Leaving Certificate, 1898
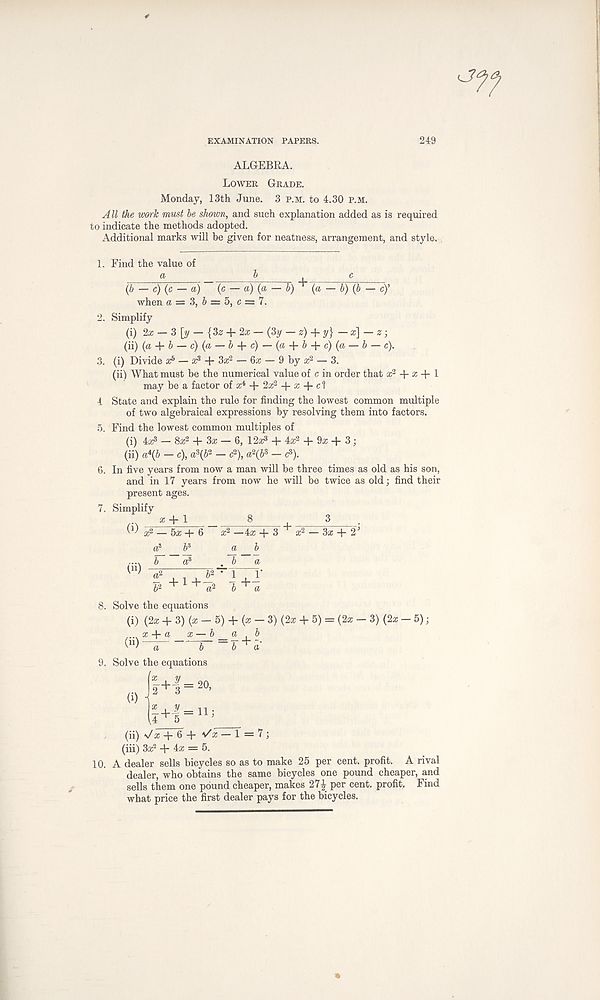
EXAMINATION PAPERS.
249
ALGEBRA.
Lower Grade.
Monday, 13th June. 3 p.m. to 4.30 P.M.
All the w<yrk must he shown, and such explanation added as is required
to indicate the methods adopted.
Additional marks will be given for neatness, arrangement, and style.
1. Find the value of
(a -b)(b — c)'
(b — e) (c — a) (c — a) (a — l
when a = 3, & = 5, c = 7.
2. Simplify
(i) 2x — 3[y — {3z + 2x —(3y — z)+ y} —x\ —z-,
(ii) (a + & — c) (a — & + c) — (a + £ + c) (a — J — c).
3. (i) Divide j k 5 — rr 3 + 3a: 2 — 6a; — 9 by a; 2 — 3.
(ii) What must be the numerical value of c in order that a: 2 + a; + 1
may be a factor of a; 4 + 2a: 2 + a; + c 1
4 State and explain the rule for finding the lowest common multiple
of two algebraical expressions by resolving them into factors.
5. Find the lowest common multiples of
(i) 4a^ — 8a: 2 + 3a; — 6, 12a; 3 + 4a; 2 + 9a; + 3 ;
(ii) a*{b — c), a s (b 2 — c 2 ), a 2 (b s — c 3 ).
6. In five years from now a man will be three times as old as his son,
and in 17 years from now he will be twice as old; find their
present ages.
7. Simplify a; + 1
8
3
(i) ; —
- 5a; + 6
b*
(ii)
x 2 —4a; + ^
a b
. b a
-3x + 2’
b 2
Solve the equations
(i) (2a; + 3) (a; — 5) + (a; — 3) (2a; + 5) =
x + a
W ,,
r-j -
- b _a^ b
h '
(2a;-3) (2a;-5);
9. Solve the equations
(ii) \/a;'F6 + Va;—1 = 7;
(iii) 3a; 2 + 4a; = 5.
10. A dealer sells bicycles so as to make 25 per cent, profit. A rival
dealer, who obtains the same bicycles one pound cheaper, and
sells them one pound cheaper, makes 27J per cent, profit. Find
what price the first dealer pays for the bicycles.